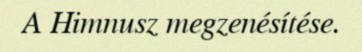
A Himnusz megzenésítése.